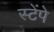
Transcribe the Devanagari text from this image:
स्टेंपे